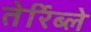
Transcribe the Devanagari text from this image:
तेर्रिब्ले